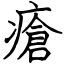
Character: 瘡